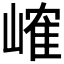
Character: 𪩐